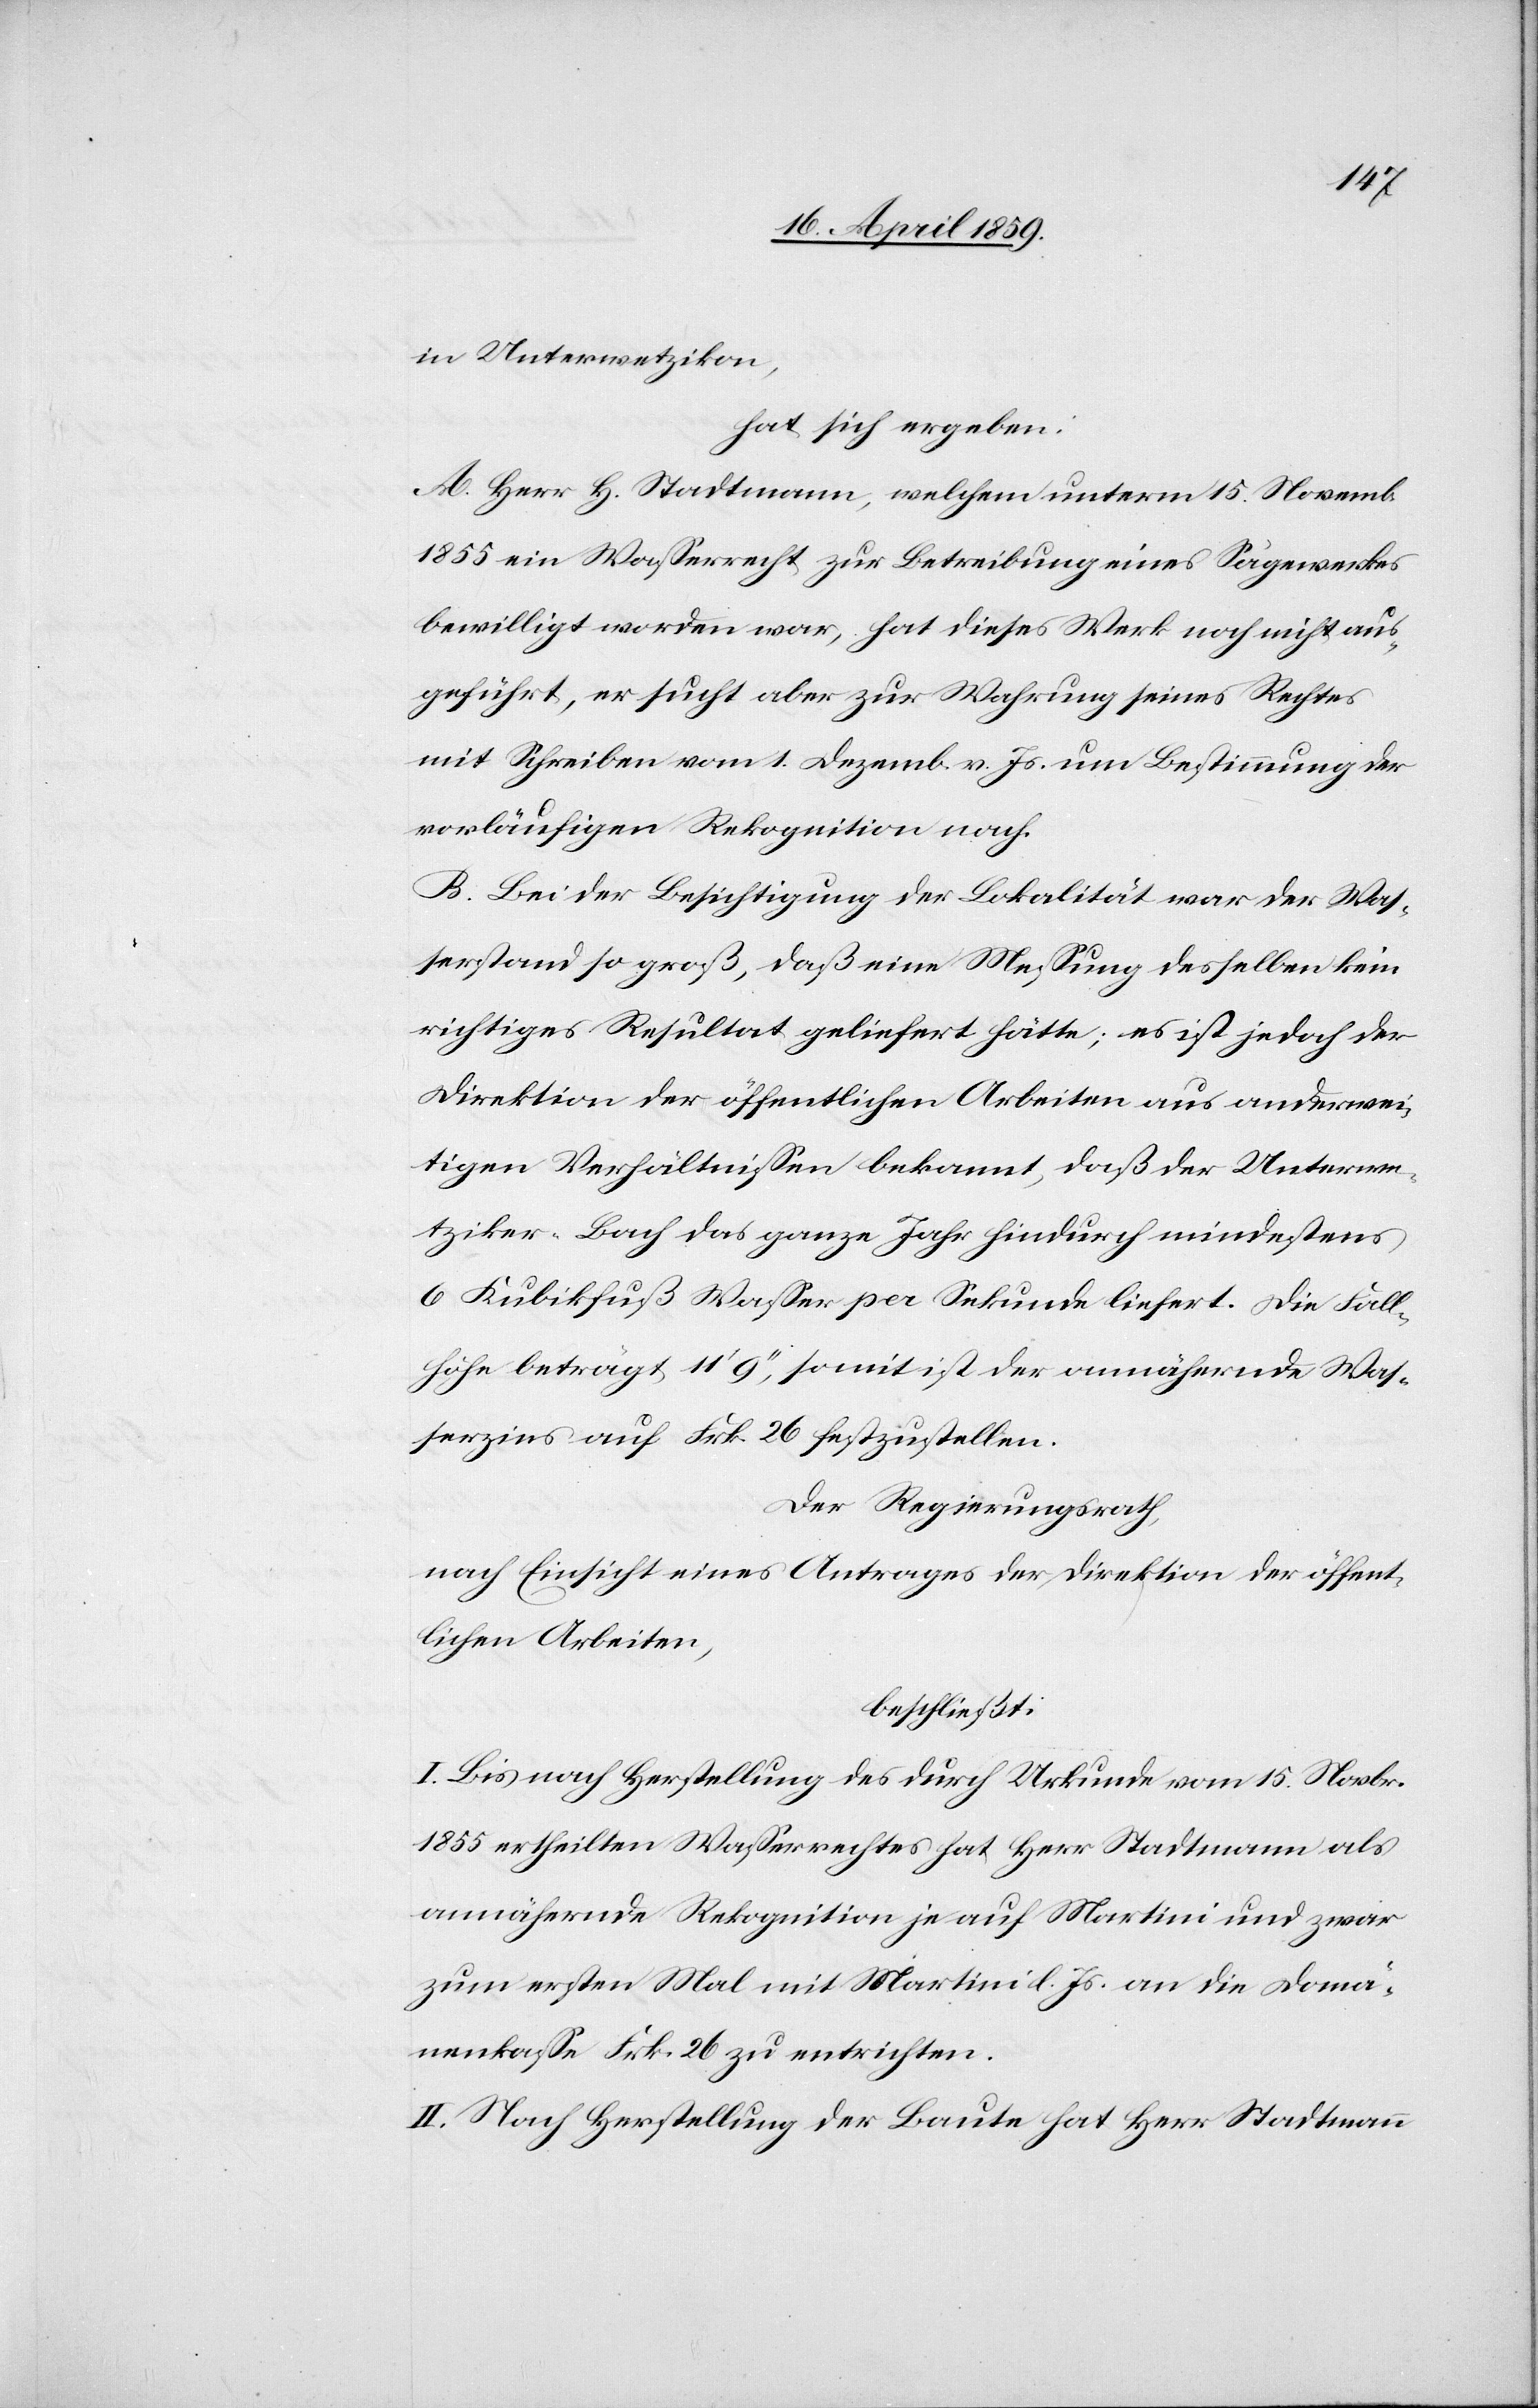
in Unterwetzikon,
hat sich ergeben:
A. Herr H. Stadtmann, welchem unterm 15. Novemb.
1855 ein Waßerrecht zur Betreibung eines Sägewerkes
bewilligt worden war, hat dieses Werk noch nicht aus¬
geführt, er sucht aber zur Wahrung seines Rechtes
mit Schreiben vom 1. Dezemb. v. Js. um Bestimmung der
vorläufigen Rekognition nach.
B. Bei der Besichtigung der Lokalität war der Was¬
serstand so groß, daß eine Meßung desselben kein
richtiges Resultat geliefert hätte; es ist jedoch der
Direktion der öffentlichen Arbeiten aus anderwei¬
tigen Verhältnißen bekannt, daß der Unterwe¬
tziker-Bach das ganze Jahr hindurch mindestens
6 Kubikfuß Waßer per Sekunde liefert. Die Fall¬
höhe beträgt 11‘ 9‘‘, somit ist der annähernde Was¬
serzins auf Frk. 26 festzustellen.
Der Regierungsrath,
nach Einsicht eines Antrages der Direktion der öffent¬
lichen Arbeiten,
beschließt:
I. Bis nach Herstellung des durch Urkunde vom 15. Novbr.
1855 ertheilten Waßerrechtes hat Herr Stadtmann als
annähernde Rekognition je auf Martini und zwar
zum ersten Mal mit Martini d. Js. an die Domä¬
nenkaße Frk. 26 zu entrichten.
II. Nach Herstellung der Baute hat Herr Stadtmann